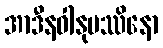
အာဒီနဝါနုပဿိနော